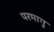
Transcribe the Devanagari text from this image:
परमागु